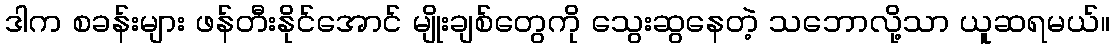
ဒါက စခန်းများ ဖန်တီးနိုင်အောင် မျိုးချစ်တွေကို သွေးဆွနေတဲ့ သဘောလို့သာ ယူဆရမယ်။